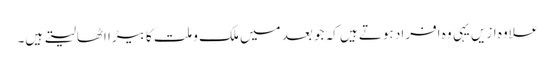
علاوہ ازیں یہی وہ افراد ہوتے ہیں کہ جو بعد میں ملک و ملت کا بیڑا اٹھالیتے ہیں۔